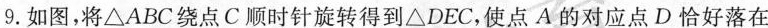
9.如图，将△ABC绕点C顺时针旋转得到△DEC，使点A的对应点D恰好落在